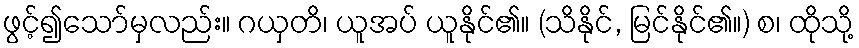
ဖွင့်၍သော်မှလည်း။ ဂယှတိ၊ ယူအပ် ယူနိုင်၏။ (သိနိုင်, မြင်နိုင်၏။) စ၊ ထိုသို့